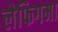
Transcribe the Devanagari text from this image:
लेफिगमा